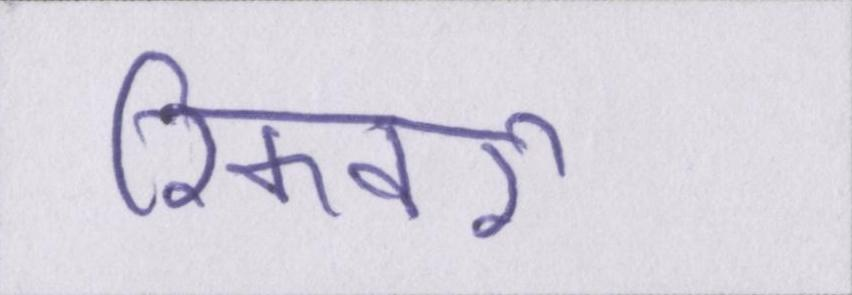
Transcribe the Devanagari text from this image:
रिकवरी